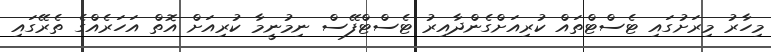
މިހާރު މިރަށުގައި ޓެސްޓްތައް ކުރިއަށްގެންދާއިރު ޓެސްޓްފޭސް ނިމުނީމާ ކުރިއަށް އޮތް އަހަރެއްގެ ތެރޭގައި